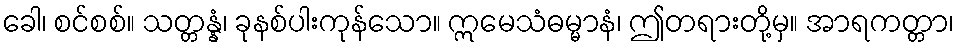
ခေါ၊ စင်စစ်။ သတ္တန္နံ၊ ခုနစ်ပါးကုန်သော။ ဣမေသံဓမ္မာနံ၊ ဤတရားတို့မှ။ အာရကတ္တာ၊